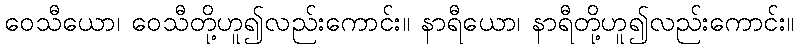
ဝေသီယော၊ ဝေသီတို့ဟူ၍လည်းကောင်း။ နာရီယော၊ နာရီတို့ဟူ၍လည်းကောင်း။